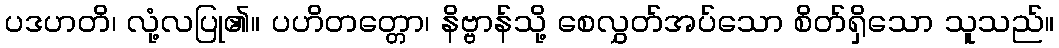
ပဒဟတိ၊ လုံ့လပြု၏။ ပဟိတတ္တော၊ နိဗ္ဗာန်သို့ စေလွှတ်အပ်သော စိတ်ရှိသော သူသည်။